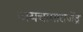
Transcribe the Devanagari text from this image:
जयचामाराजेंद्र